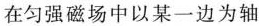
在匀强磁场中以某一边为轴